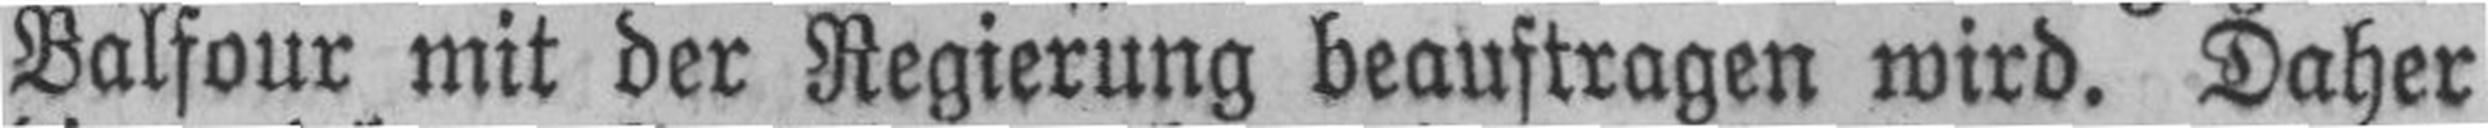
Balsour mit der Regierung beauftragen wird. Daher